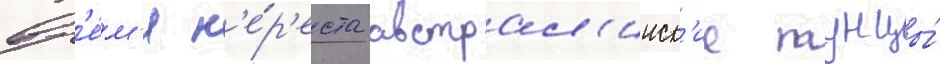
вр'е́м'я н'е́р'еста австрал'ииск'ие тунцы́